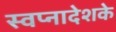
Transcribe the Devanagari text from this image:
स्वप्नादेशके